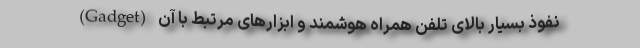
نفوذ بسیار بالای تلفن همراه هوشمند و ابزارهای مرتبط با آن (Gadget)